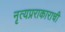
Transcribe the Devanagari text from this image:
नृत्यप्रराकाराची